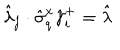
\hat { \lambda } _ { j } \cdot \hat { \sigma } _ { q } ^ { x } \hat { \gamma } _ { i } ^ { + } = \hat { \lambda }